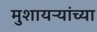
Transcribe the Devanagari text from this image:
मुशायऱ्यांच्या